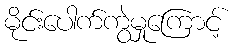
မိုင်းပေါက်ကွဲမှုကြောင့်